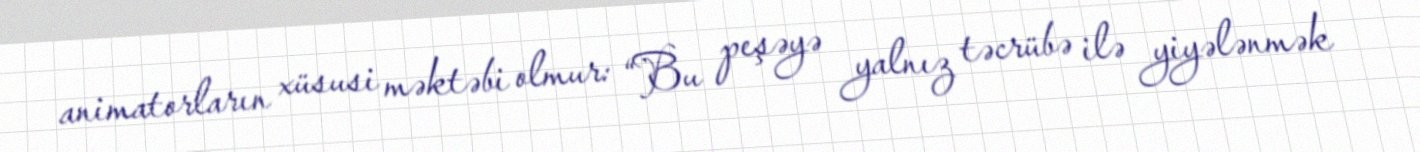
animatorların xüsusi məktəbi olmur: “Bu peşəyə yalnız təcrübə ilə yiyələnmək